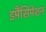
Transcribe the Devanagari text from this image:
इमैंसिपेशन